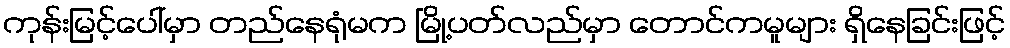
ကုန်းမြင့်ပေါ်မှာ တည်နေရုံမက မြို့ပတ်လည်မှာ တောင်ကမူများ ရှိနေခြင်းဖြင့်